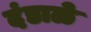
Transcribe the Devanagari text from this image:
दंडाळे